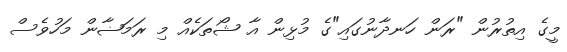
މީގެ އިތުރުން "ރަން ހަނދާނުގައި"ގެ މުޅިން އާ ޝޯތަކެއް މި ރަމަޟާން މަހުވެސް